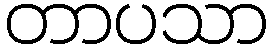
တာပသာ